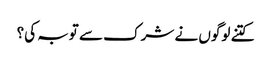
کتنے لوگوں نے شرک سے توبہ کی؟